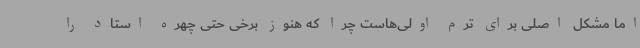
اما مشکل اصلی برای ترم اولی‌هاست چرا که هنوز برخی حتی چهره استاد را